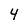
Character: 4